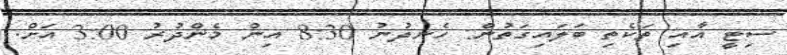
ސިޓީ އާއި ތަކެތި ބަލައިގަތުން: ހެނދުނު 8:30 އިން މެންދުރު 3:00 އަށް.